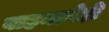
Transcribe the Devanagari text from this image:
वाहनानेही